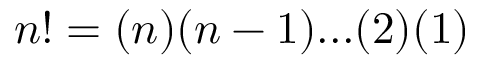
n ! = ( n ) ( n - 1 ) . . . ( 2 ) ( 1 )